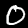
Digit: 0